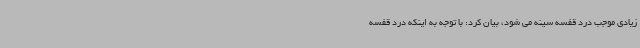
زیادی موجب درد قفسه سینه می شود، بیان کرد: با توجه به اینکه درد قفسه